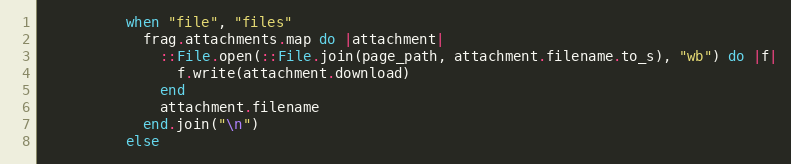
Language: Ruby
          when "file", "files"
            frag.attachments.map do |attachment|
              ::File.open(::File.join(page_path, attachment.filename.to_s), "wb") do |f|
                f.write(attachment.download)
              end
              attachment.filename
            end.join("\n")
          else